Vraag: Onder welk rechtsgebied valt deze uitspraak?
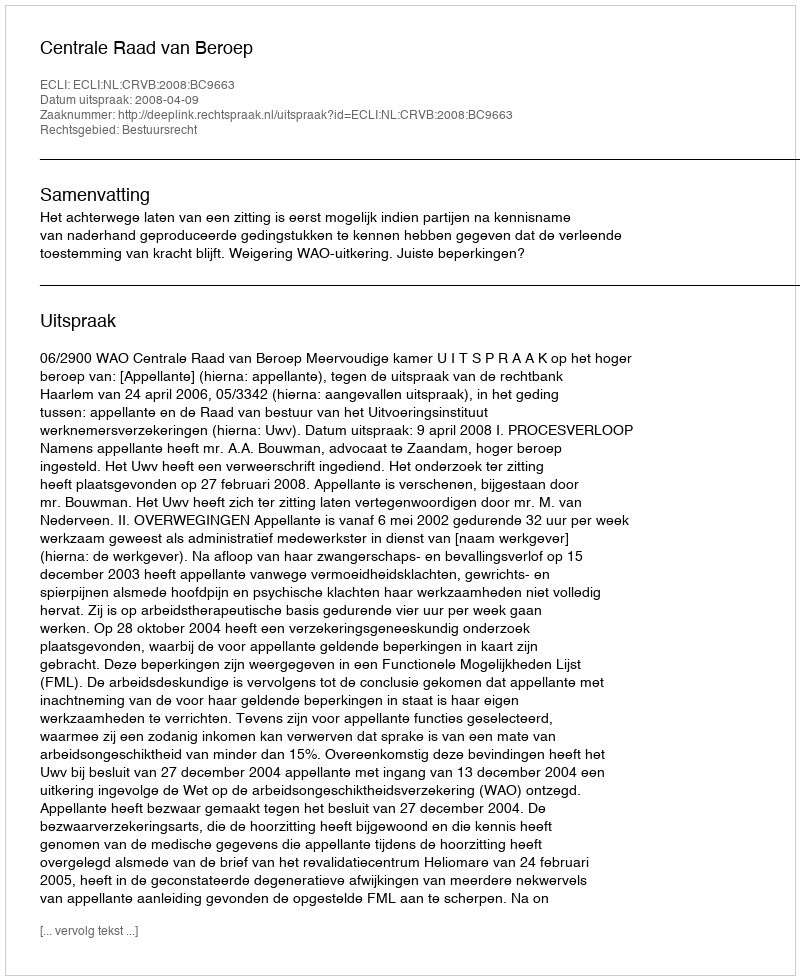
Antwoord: Bestuursrecht